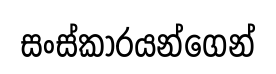
සංස්කාරයන්ගෙන්